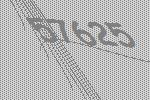
57625